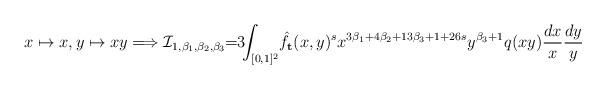
LaTeX: \begin{align*}x\mapsto x, y\mapsto x y\Longrightarrow\mathcal{I}_{1,\beta_1,\beta_2,\beta_3}\!\!=\!\!3\!\!\int_{[0,1]^2}\! \hat{f}_{\mathbf{t}}(x,y)^s x^{3\beta_1+4\beta_2+13\beta_3+1+26s} y^{\beta_3+1} q(xy) \frac{dx}{x}\frac{dy}{y}\end{align*}